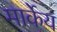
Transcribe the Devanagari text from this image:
मार्केय